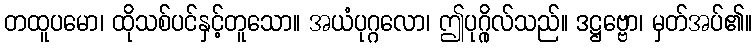
တထူပမော၊ ထိုသစ်ပင်နှင့်တူသော။ အယံပုဂ္ဂလော၊ ဤပုဂ္ဂိုလ်သည်။ ဒဋ္ဌဗ္ဗော၊ မှတ်အပ်၏။